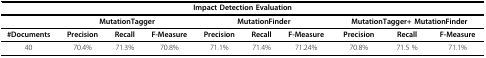
<table><thead><tr><td colspan="10"><b>Impact Detection Evaluation</b></td></tr></thead><tbody><tr><td></td><td colspan="3"><b>MutationTagger</b></td><td colspan="3"><b>MutationFinder</b></td><td colspan="3"><b>MutationTagger+ MutationFinder</b></td></tr><tr><td><b>#Documents</b></td><td><b>Precision</b></td><td><b>Recall</b></td><td><b>F-Measure</b></td><td><b>Precision</b></td><td><b>Recall</b></td><td><b>F-Measure</b></td><td><b>Precision</b></td><td><b>Recall</b></td><td><b>F-Measure</b></td></tr><tr><td>40</td><td>70.4%</td><td>71.3%</td><td>70.8%</td><td>71.1%</td><td>71.4%</td><td>71.24%</td><td>70.8%</td><td>71.5 %</td><td>71.1%</td></tr></tbody></table>